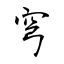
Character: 穹